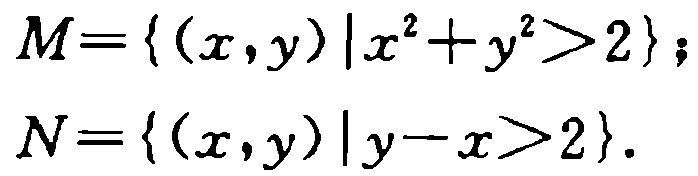
\(M=\{(x,y)|x^{2}+y^{2}>2\};\\

N=\{(x,y)|y - x>2\}.\)